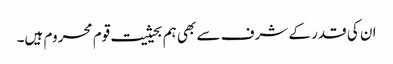
ان کی قدر کے شرف سے بھی ہم بحیثیت قوم محروم ہیں۔